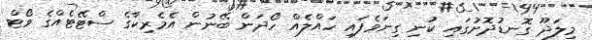
މިލަދޫ ގޮނޑުދޮށުގައި ކުނި ގިނަވެފައި ހައްލެއް ހޯދަން ބޭނުން އެމެރިކާގެ ސްޓޭޓެއްގެ ވޯޓް